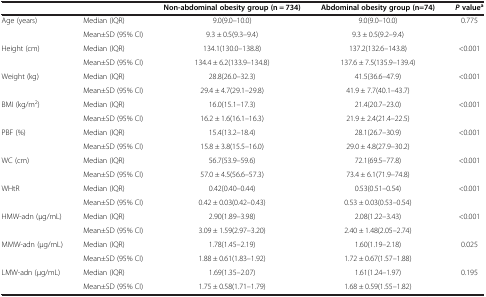
<table><thead><tr><td><b> </b></td><td><b> </b></td><td><b>Non-abdominal obesity group (n = 734)</b></td><td><b>Abdominal obesity group (n=74)</b></td><td><b><i>P</i>value<sup>a</sup></b></td></tr></thead><tbody><tr><td rowspan="2">Age (years)</td><td>Median (IQR)</td><td>9.0(9.0–10.0)</td><td>9.0(9.0–10.0)</td><td rowspan="2">0.775</td></tr><tr><td>Mean±SD (95% CI)</td><td>9.3 ± 0.5(9.3–9.4)</td><td>9.3 ± 0.5(9.2–9.4)</td></tr><tr><td rowspan="2">Height (cm)</td><td>Median (IQR)</td><td>134.1(130.0–138.8)</td><td>137.2(132.6–143.8)</td><td rowspan="2">&lt;0.001</td></tr><tr><td>Mean±SD (95% CI)</td><td>134.4 ± 6.2(133.9–134.8)</td><td>137.6 ± 7.5(135.9–139.4)</td></tr><tr><td rowspan="2">Weight (kg)</td><td>Median (IQR)</td><td>28.8(26.0–32.3)</td><td>41.5(36.6–47.9)</td><td rowspan="2">&lt;0.001</td></tr><tr><td>Mean±SD (95% CI)</td><td>29.4 ± 4.7(29.1–29.8)</td><td>41.9 ± 7.7(40.1–43.7)</td></tr><tr><td rowspan="2">BMI (kg/m<sup>2</sup>)</td><td>Median (IQR)</td><td>16.0(15.1–17.3)</td><td>21.4(20.7–23.0)</td><td rowspan="2">&lt;0.001</td></tr><tr><td>Mean±SD (95% CI)</td><td>16.2 ± 1.6(16.1–16.3)</td><td>21.9 ± 2.4(21.4–22.5)</td></tr><tr><td rowspan="2">PBF (%)</td><td>Median (IQR)</td><td>15.4(13.2–18.4)</td><td>28.1(26.7–30.9)</td><td rowspan="2">&lt;0.001</td></tr><tr><td>Mean±SD (95% CI)</td><td>15.8 ± 3.8(15.5–16.0)</td><td>29.0 ± 4.8(27.9–30.2)</td></tr><tr><td rowspan="2">WC (cm)</td><td>Median (IQR)</td><td>56.7(53.9–59.6)</td><td>72.1(69.5–77.8)</td><td rowspan="2">&lt;0.001</td></tr><tr><td>Mean±SD (95% CI)</td><td>57.0 ± 4.5(56.6–57.3)</td><td>73.4 ± 6.1(71.9–74.8)</td></tr><tr><td rowspan="2">WHtR</td><td>Median (IQR)</td><td>0.42(0.40–0.44)</td><td>0.53(0.51–0.54)</td><td rowspan="2">&lt;0.001</td></tr><tr><td>Mean±SD (95% CI)</td><td>0.42 ± 0.03(0.42–0.43)</td><td>0.53 ± 0.03(0.53–0.54)</td></tr><tr><td rowspan="2">HMW-adn (μg/mL)</td><td>Median (IQR)</td><td>2.90(1.89–3.98)</td><td>2.08(1.22–3.43)</td><td rowspan="2">&lt;0.001</td></tr><tr><td>Mean±SD (95% CI)</td><td>3.09 ± 1.59(2.97–3.20)</td><td>2.40 ± 1.48(2.05–2.74)</td></tr><tr><td rowspan="2">MMW-adn (μg/mL)</td><td>Median (IQR)</td><td>1.78(1.45–2.19)</td><td>1.60(1.19–2.18)</td><td rowspan="2">0.025</td></tr><tr><td>Mean±SD (95% CI)</td><td>1.88 ± 0.61(1.83–1.92)</td><td>1.72 ± 0.67(1.57–1.88)</td></tr><tr><td>LMW-adn (μg/mL)</td><td>Median (IQR)</td><td>1.69(1.35–2.07)</td><td>1.61(1.24–1.97)</td><td>0.195</td></tr><tr><td> </td><td>Mean±SD (95% CI)</td><td>1.75 ± 0.58(1.71–1.79)</td><td>1.68 ± 0.59(1.55–1.82)</td><td> </td></tr></tbody></table>